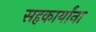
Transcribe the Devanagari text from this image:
सहकार्यांना